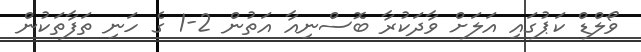
ވޯލްޑް ކަޕުގައި އަލަށް ވާދަކުރާ ބޮސްނިއާ އަތުން 2-1 ގެ ހަނި ތަފާތަކުން